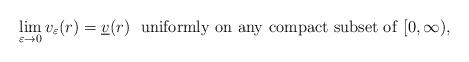
LaTeX: \begin{align*}\lim_{\varepsilon\to0}v_\varepsilon(r)=\underline v(r)\ \ {\rm uniformly\ on\ any\ compact\ subset\ of}\ [0,\infty),\end{align*}